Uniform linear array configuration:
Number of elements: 4
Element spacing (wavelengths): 0.25
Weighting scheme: binomial
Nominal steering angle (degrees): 0
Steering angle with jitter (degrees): -1.297
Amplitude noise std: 0.05
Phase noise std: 0.05

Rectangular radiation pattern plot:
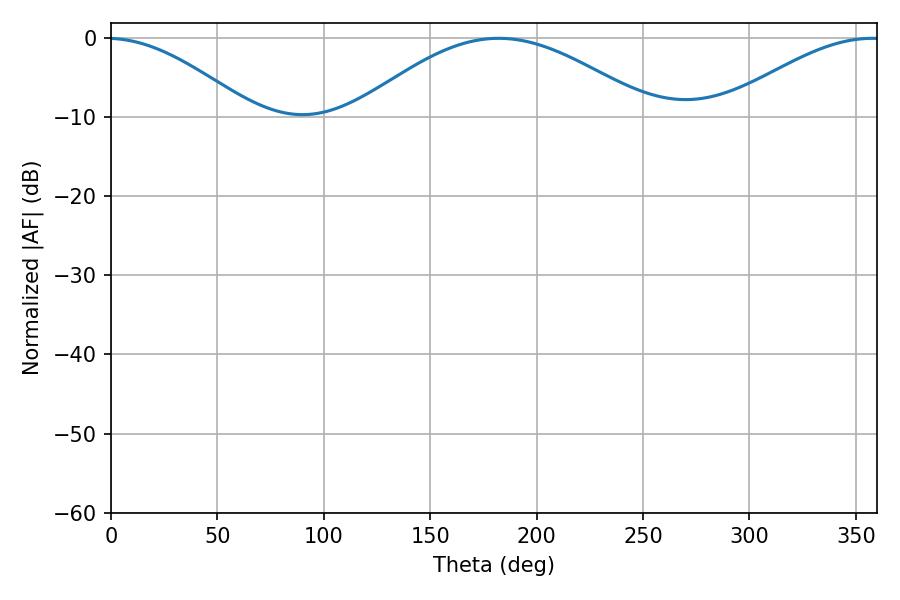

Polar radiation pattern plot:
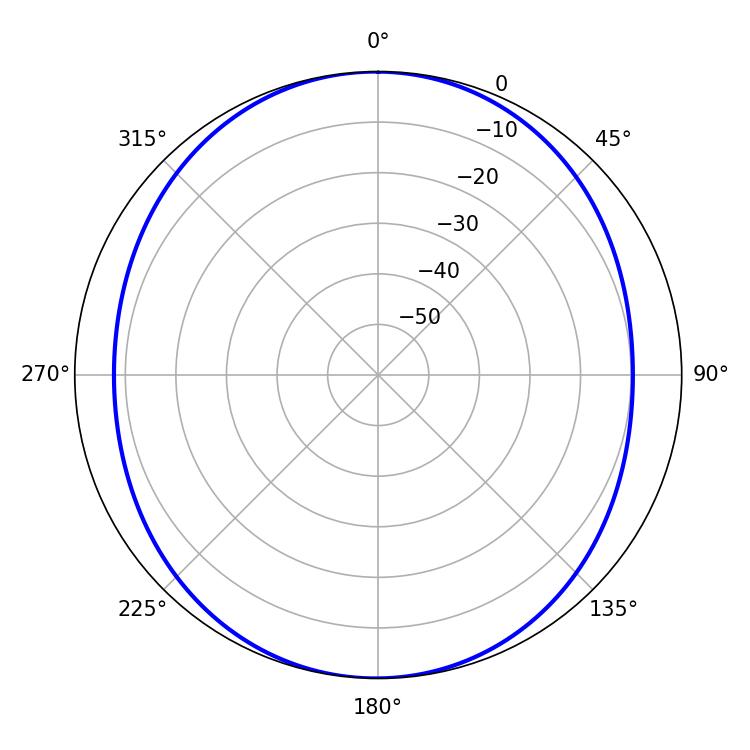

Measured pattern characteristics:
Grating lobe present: FALSE
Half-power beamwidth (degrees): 75.06
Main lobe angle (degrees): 182.16